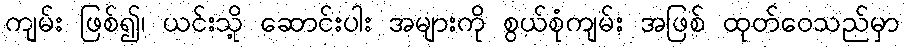
ကျမ်း ဖြစ်၍၊ ယင်းသို့ ဆောင်းပါး အများကို စွယ်စုံကျမ်း အဖြစ် ထုတ်ဝေသည်မှာ